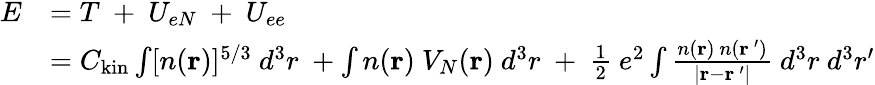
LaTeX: {\begin{array}{rl}{E}&{=T\ +\ U_{eN}\ +\ U_{ee}}\\ &{=C_{\mathrm{{kin}}}\int[n(\mathbf{r})]^{5/3}\ d^{3}r\ +\int n(\mathbf{r})\ V_{N}(\mathbf{r})\ d^{3}r\ +\ {\frac{1}{2}}\ e^{2}\int{\frac{n(\mathbf{r})\ n(\mathbf{r}\, ^{\prime})}{\left\vert\mathbf{r}-\mathbf{r}\, ^{\prime}\right\vert}}\ d^{3}r\ d^{3}r^{\prime}}\end{array}}